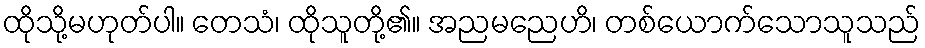
ထိုသို့မဟုတ်ပါ။ တေသံ၊ ထိုသူတို့၏။ အညမညေဟိ၊ တစ်ယောက်သောသူသည်